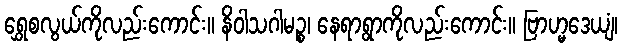
ရွှေစလွယ်ကိုလည်းကောင်း။ နိဝါသဂါမဉ္စ၊ နေရာရွာကိုလည်းကောင်း။ ဗြာဟ္မဒေယျံ၊